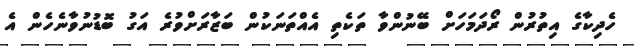
ހެދިކާގެ އިތުރުން ރޯދަމަހަށް ބޭނުންވާ ތަކެތި އެއްތަނަކުން ބަޒާރަށްވުރެ އަގު ބޮޑުނުވާނެހެން އެ